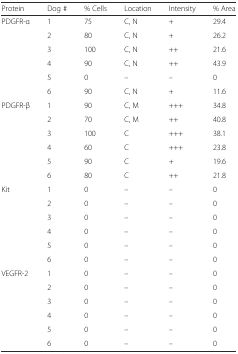
<table><thead><tr><td><b>Protein</b></td><td><b>Dog #</b></td><td><b>% Cells</b></td><td><b>Location</b></td><td><b>Intensity</b></td><td><b>% Area</b></td></tr></thead><tbody><tr><td rowspan="6">PDGFR-α</td><td>1</td><td>75</td><td>C, N</td><td>+</td><td>29.4</td></tr><tr><td>2</td><td>80</td><td>C, N</td><td>+</td><td>26.2</td></tr><tr><td>3</td><td>100</td><td>C, N</td><td>++</td><td>21.6</td></tr><tr><td>4</td><td>90</td><td>C, N</td><td>++</td><td>43.9</td></tr><tr><td>5</td><td>0</td><td>–</td><td>–</td><td>0</td></tr><tr><td>6</td><td>90</td><td>C, N</td><td>+</td><td>11.6</td></tr><tr><td rowspan="6">PDGFR-β</td><td>1</td><td>90</td><td>C, M</td><td>+++</td><td>34.8</td></tr><tr><td>2</td><td>70</td><td>C, M</td><td>++</td><td>40.8</td></tr><tr><td>3</td><td>100</td><td>C</td><td>+++</td><td>38.1</td></tr><tr><td>4</td><td>60</td><td>C</td><td>+++</td><td>23.8</td></tr><tr><td>5</td><td>90</td><td>C</td><td>+</td><td>19.6</td></tr><tr><td>6</td><td>80</td><td>C</td><td>++</td><td>21.8</td></tr><tr><td rowspan="6">Kit</td><td>1</td><td>0</td><td>–</td><td>–</td><td>0</td></tr><tr><td>2</td><td>0</td><td>–</td><td>–</td><td>0</td></tr><tr><td>3</td><td>0</td><td>–</td><td>–</td><td>0</td></tr><tr><td>4</td><td>0</td><td>–</td><td>–</td><td>0</td></tr><tr><td>5</td><td>0</td><td>–</td><td>–</td><td>0</td></tr><tr><td>6</td><td>0</td><td>–</td><td>–</td><td>0</td></tr><tr><td rowspan="6">VEGFR-2</td><td>1</td><td>0</td><td>–</td><td>–</td><td>0</td></tr><tr><td>2</td><td>0</td><td>–</td><td>–</td><td>0</td></tr><tr><td>3</td><td>0</td><td>–</td><td>–</td><td>0</td></tr><tr><td>4</td><td>0</td><td>–</td><td>–</td><td>0</td></tr><tr><td>5</td><td>0</td><td>–</td><td>–</td><td>0</td></tr><tr><td>6</td><td>0</td><td>–</td><td>–</td><td>0</td></tr></tbody></table>